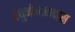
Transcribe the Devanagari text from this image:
रघुनंवदनदास